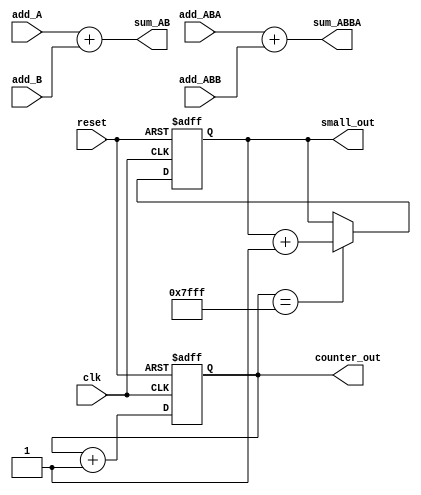
module BoardTest(
input clk, reset,
input [2:0]add_A,
input [2:0]add_B,
output [3:0]sum_AB,

input [3:0]add_ABA,
input [3:0]add_ABB,
output [4:0]sum_ABBA,

output [3:0]small_out,
output [14:0]counter_out);

reg [14:0]counter_reg;
reg [3:0]small_counter;

always@(posedge clk or negedge reset)
begin
	if(reset == 0)
	begin
		counter_reg = 0;
		small_counter = 0;
	end
	else
	begin
		counter_reg <= counter_reg + 1;
		if(counter_reg == 15'h7FFF)
		begin
			small_counter <= small_counter + 1;
		end
	end	
end


assign counter_out = counter_reg;
assign sum_AB = add_A + add_B;
assign sum_ABBA = add_ABA + add_ABB;
assign small_out = small_counter;

endmodule